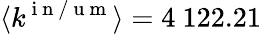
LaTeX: \langle k^{\mathrm{~i~n~/~u~m~}}\rangle=4~122.21